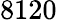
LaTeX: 8120